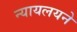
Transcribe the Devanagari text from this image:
न्यायलयने